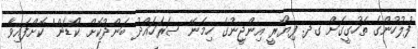
ފުލުހުންގެ ތަހުގީގަށް ގދ. ފިޔޯރީ އިންޖީނުގެ ހިމެނޭ ސަރަހައްދު ބަންދުކޮށް 'ކޯޑަން' ކޮށްފައިވާ